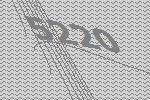
5220